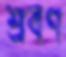
শ্রবণ